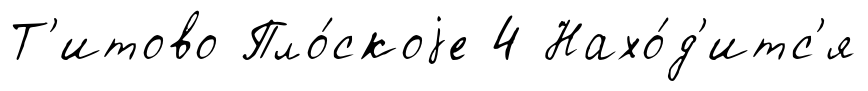
Т'итово Пло́скоjе 4 Нахо́д'итс'я